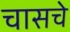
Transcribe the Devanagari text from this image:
चासचे